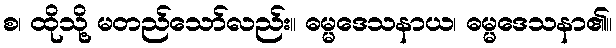
စ၊ ထိုသို့ မတည်သော်လည်း။ ဓမ္မဒေသနာယ၊ ဓမ္မဒေသနာ၏။